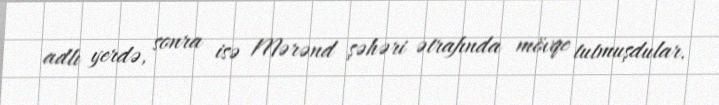
adlı yerdə, sonra isə Mərənd şəhəri ətrafında mövqe tutmuşdular.